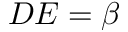
\begin{array} { r } { D E = \beta } \end{array}